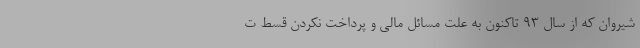
شیروان که از سال ۹۳ تاکنون به علت مسائل مالی و پرداخت نکردن قسط ت